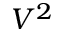
V ^ { 2 }